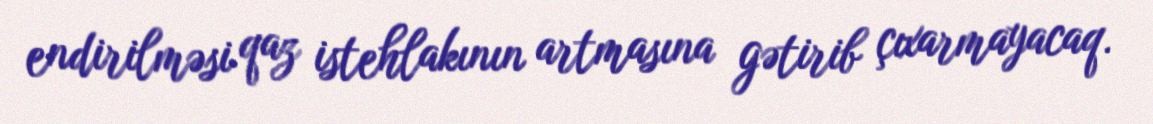
endirilməsi qaz istehlakının artmasına gətirib çıxarmayacaq.